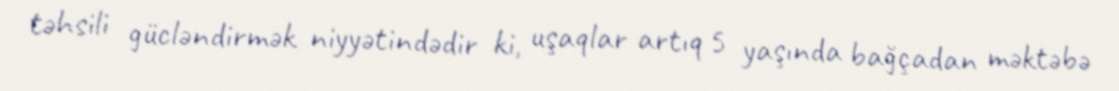
təhsili gücləndirmək niyyətindədir ki, uşaqlar artıq 5 yaşında bağçadan məktəbə